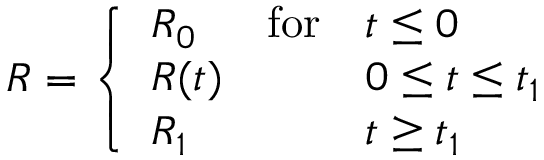
R = \left\{ \begin{array} { l l l } { { R _ { 0 } } } & { { \mathrm { f o r } } } & { { t \leq 0 } } \\ { { R ( t ) } } & { { } } & { { 0 \leq t \leq t _ { 1 } } } \\ { { R _ { 1 } } } & { { } } & { { t \geq t _ { 1 } } } \end{array} \right.